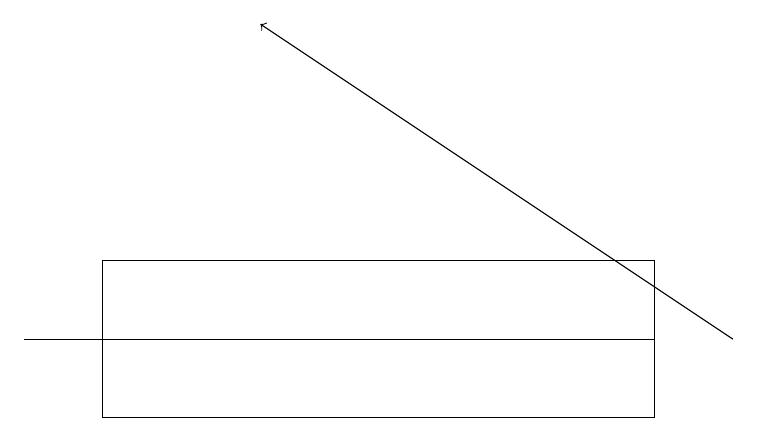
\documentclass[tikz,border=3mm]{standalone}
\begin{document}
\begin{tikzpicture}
\draw (5,15) rectangle (0,15);
\draw (8,14) rectangle (1,16);
\draw[->] (9,15) -- (3,19);
\draw (8,15) rectangle (1,14);
\draw (8,14) rectangle (1,16);
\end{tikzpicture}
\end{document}